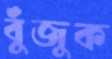
বুঁজুক